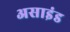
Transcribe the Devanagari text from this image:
असाइंड